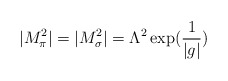
\begin{align*}|M_{\pi}^2| = |M_{\sigma}^2| = \Lambda^2 \exp ( \frac{1}{|g|}) \end{align*}